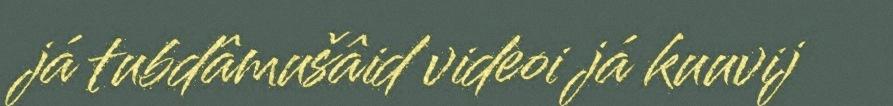
já tubdâmušâid videoi já kuuvij